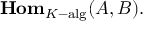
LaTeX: \mathbf { H o m } _ { K { \mathrm { - a l g } } } ( A , B ) .